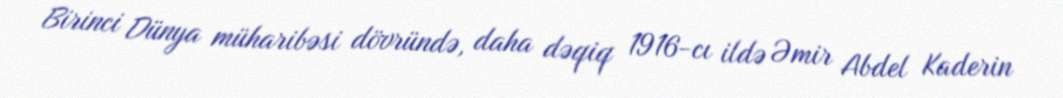
Birinci Dünya müharibəsi dövründə, daha dəqiq 1916-cı ildə Əmir Abdel Kaderin